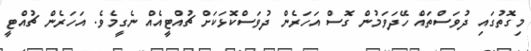
މިގޮތުގައި ދުވަސްތައް ހޭދަވަމުން ގޮސް އަހަރެން ދުވަސްކޮޅަކަށް ޗުއްޓީއެއް ނެގީމެވެ. އަހަރެން ޗުއްޓީ